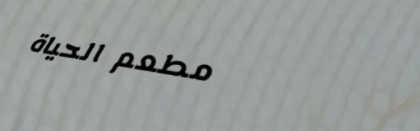
مطعم الحياة